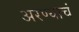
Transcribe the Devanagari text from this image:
अरण्याचं